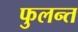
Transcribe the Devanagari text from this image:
फुलन्त